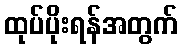
ထုပ်ပိုးရန်အတွက်